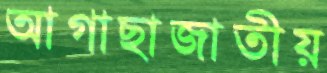
আগাছাজাতীয়